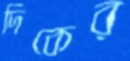
দিকের